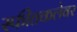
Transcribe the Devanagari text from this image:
स्फीतकलेवर